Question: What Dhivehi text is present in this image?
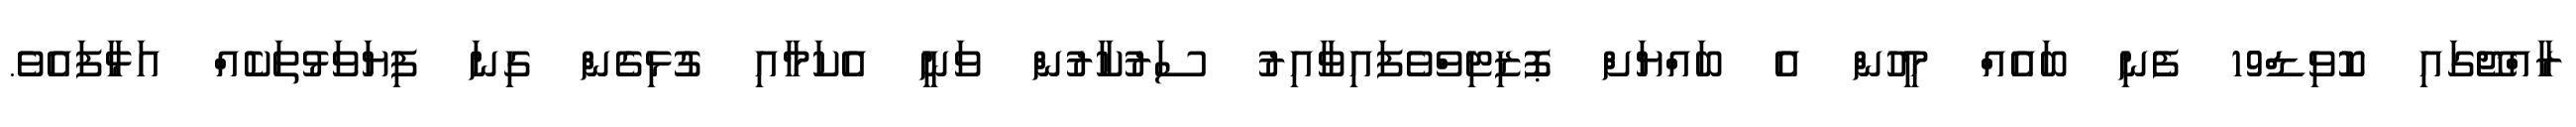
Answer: ރާއްޖޭގައި ކޮވިޑް19 ފެނި ބައެއް މީހުން އެ ބައްޔަށް ޕޮޒިޓިވްވެފައިވާއިރު ސަރުކާރުން ވަނީ އެކަމާއި ގުޅިގެން ގިނަ ފިޔަވަޅުތަކެއް އަޅާފައެވެ.